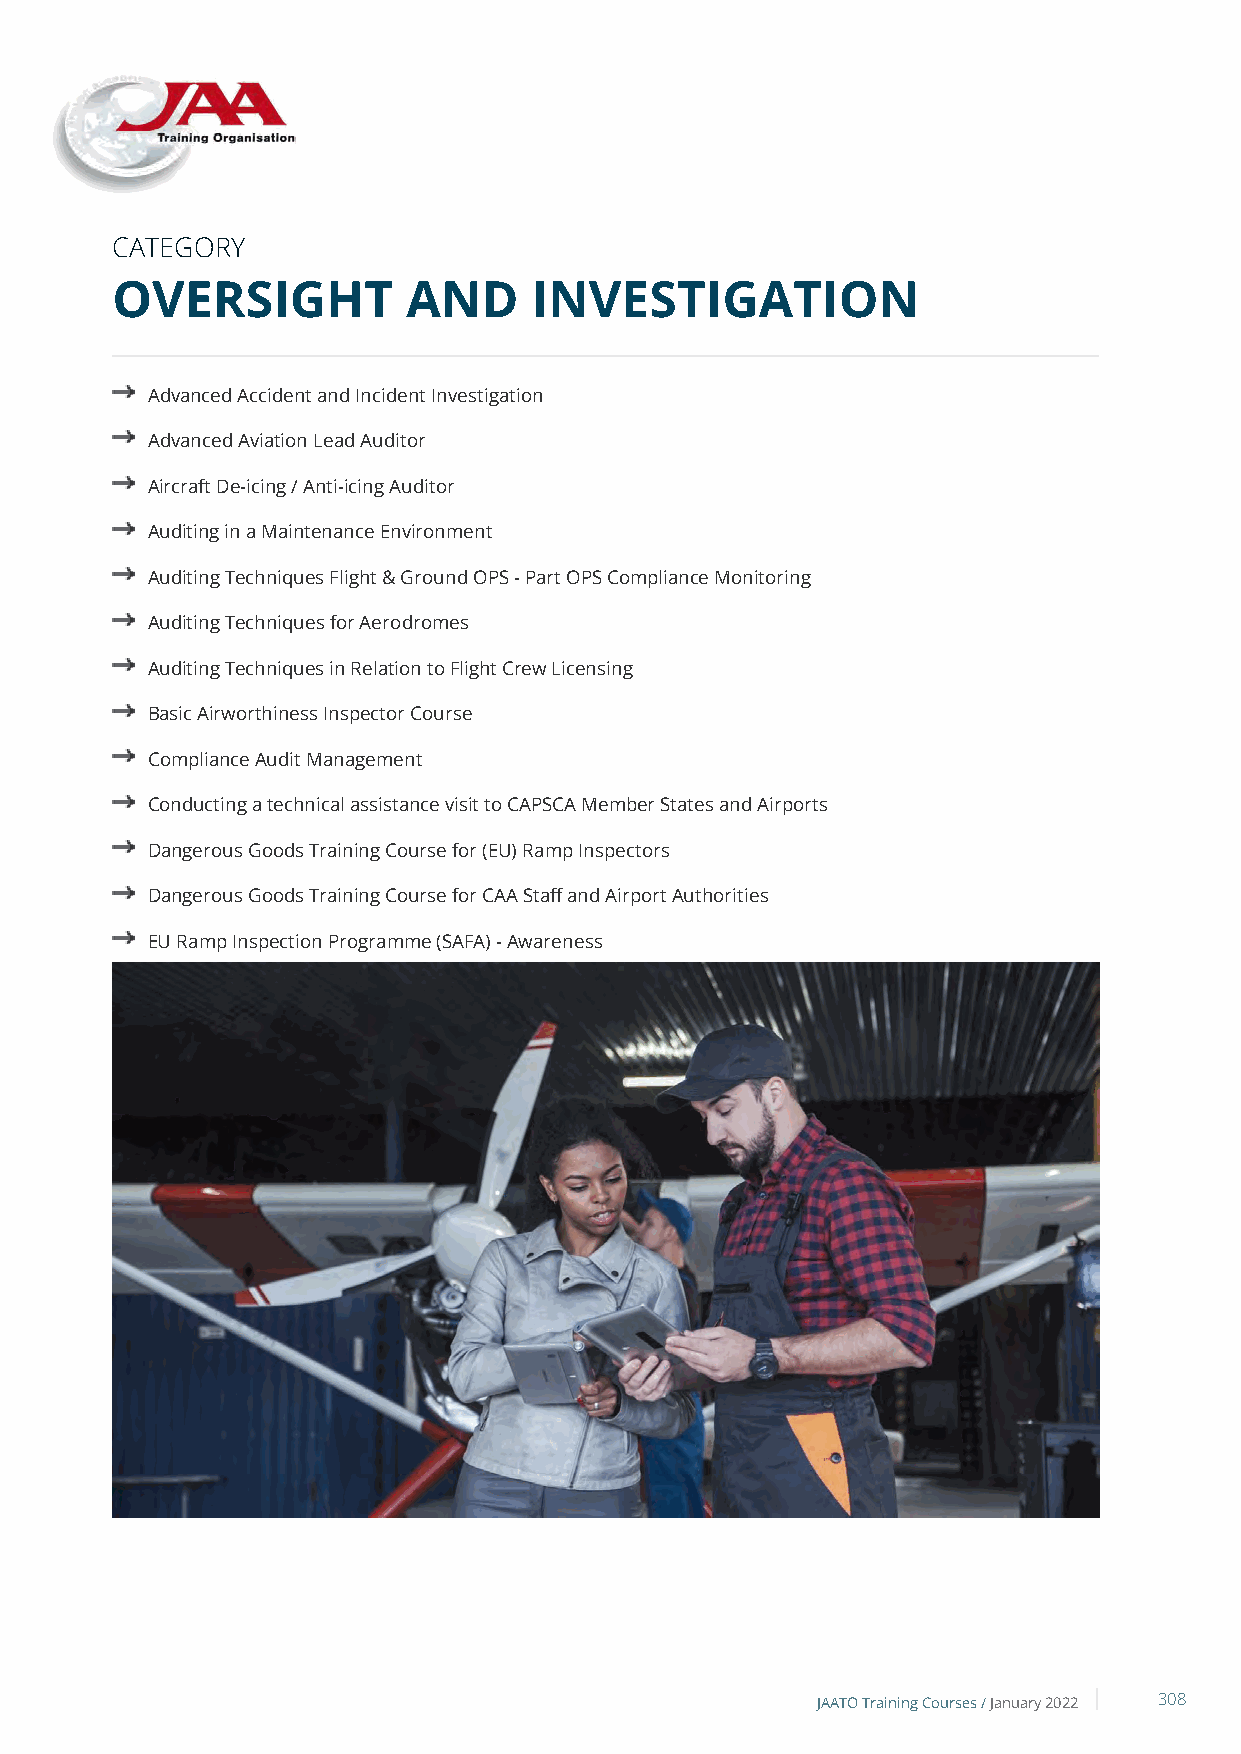
CATEGORY
 OVERSIGHT           AND     INVESTIGATION
 Advanced Accident and Incident Investigation
 Advanced Aviation Lead Auditor
 Aircraft De-icing / Anti-icing Auditor
 Auditing in a Maintenance Environment
 Auditing Techniques Flight & Ground OPS - Part OPS Compliance Monitoring
 Auditing Techniques for Aerodromes
 Auditing Techniques in Relation to Flight Crew Licensing
 Basic Airworthiness Inspector Course
 Compliance Audit Management
 Conducting a technical assistance visit to CAPSCA Member States and Airports
 Dangerous Goods Training Course for (EU) Ramp Inspectors
 Dangerous Goods Training Course for CAA Staff and Airport Authorities
 EU Ramp Inspection Programme (SAFA) - Awareness
 EU Ramp Inspection Programme (SAFA) - Initial Theoretical & Practical
 EU Ramp Inspection Programme (SAFA) - Inspectors Recurrent
 Fast Track Programme EU Ramp Inspection (SAFA), Dangerous Goods
 Fast Track Programme Extended Accident and Incident Investigation
 Flight Operations Inspector Recurrent
 ICAO TRAINAIR PLUS - GSI Airworthiness - Air Ops & Approved Maint. Organisation - 18701
 ICAO TRAINAIR PLUS - GSI Operations - Air Operator Certification - 18700
 ICAO TRAINAIR PLUS - GSI Personnel Licensing Course - 18710
 Introduction to Accident and Incident Investigation
 NAA Inspectors - Aerodrome Safety Regulation (Basic)
 NAA Inspectors - Aeromedical Requirements & Auditing training course
 NAA Inspectors - Aircrew FSTD
 NAA Inspectors - Continuing Airworthiness
 NAA Inspectors - EASA Aircrew Licensing
 NAA Inspectors - Flight Operations Inspector - Initial
 NAA Inspectors - Initial Airworthiness
 JAATO Training Courses /January 2022 308
 New Basic Regulation (EU) 2018/1139 - Introduction Course
 Practical Auditing in an Airport Environment
 Recurrent Training for Auditors
 Regulatory Auditing Techniques
 Stores Management & Inspection Procedures and Processes